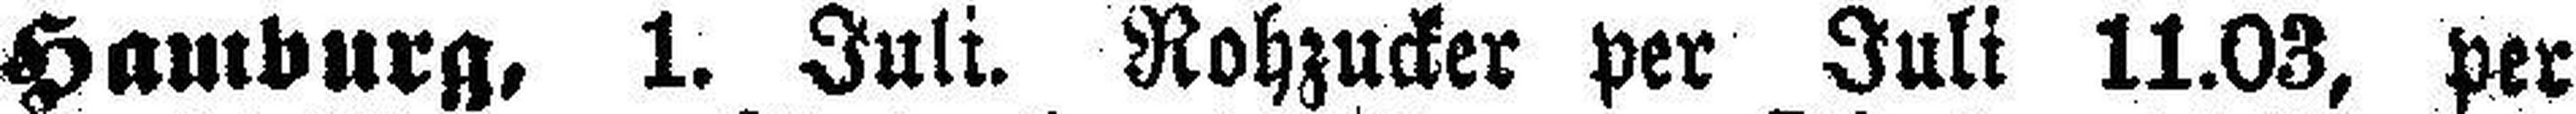
Hamburg, 1. Juli. Rohzucker per Juli 11.03, per